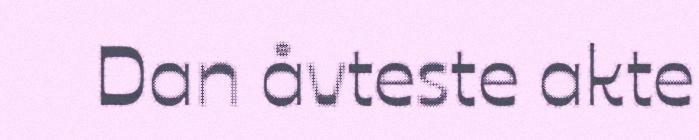
Dan åvteste akte